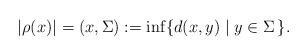
\begin{align*}|\rho(x)|= (x,\Sigma) := \inf\{ d(x,y) \mid y\in \Sigma \,\}.\end{align*}